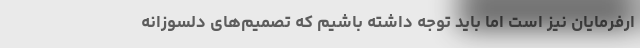
ارفرمایان نیز است اما باید توجه داشته باشیم که تصمیم‌های دلسوزانه